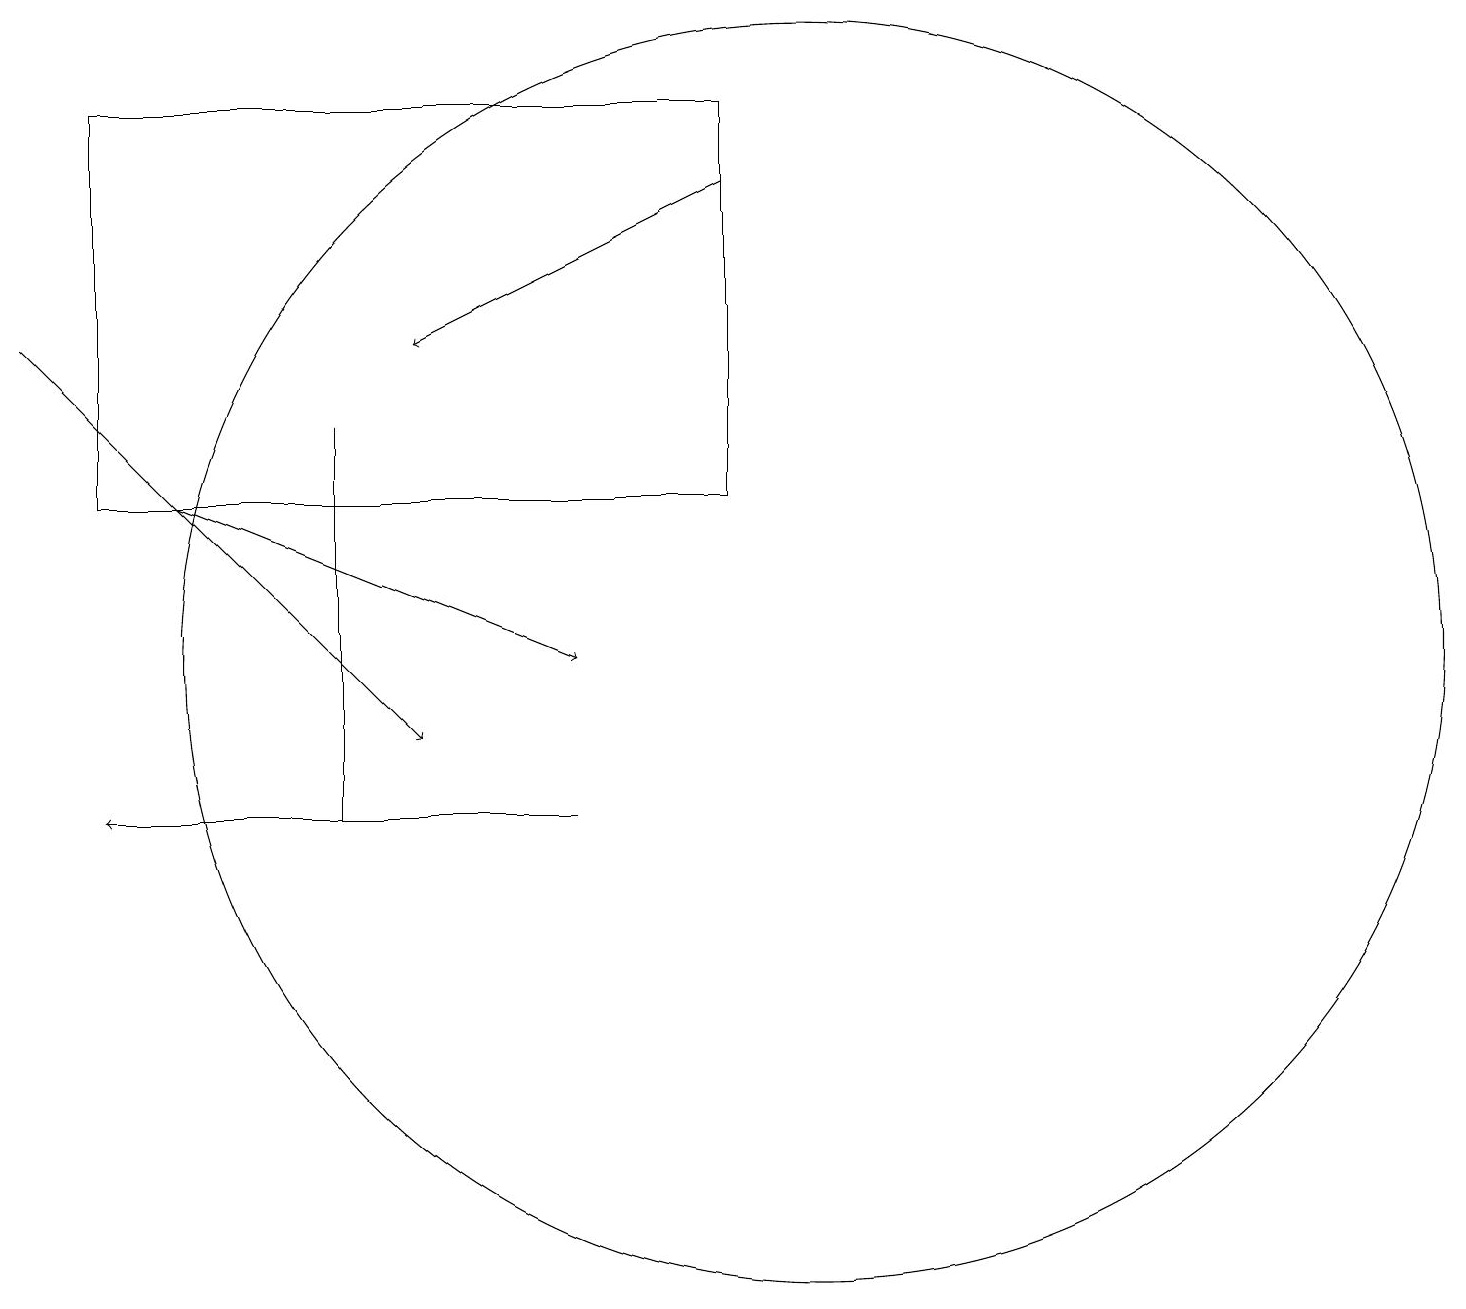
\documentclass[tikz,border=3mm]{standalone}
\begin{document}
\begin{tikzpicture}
\draw[->] (0,16) -- (5,11);
\draw[->] (7,10) -- (1,10);
\draw[->] (2,14) -- (7,12);
\draw[->] (9,18) -- (5,16);
\draw (4,10) rectangle (4,15);
\draw (10,12) circle (8);
\draw (9,14) rectangle (1,19);
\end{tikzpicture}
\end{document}